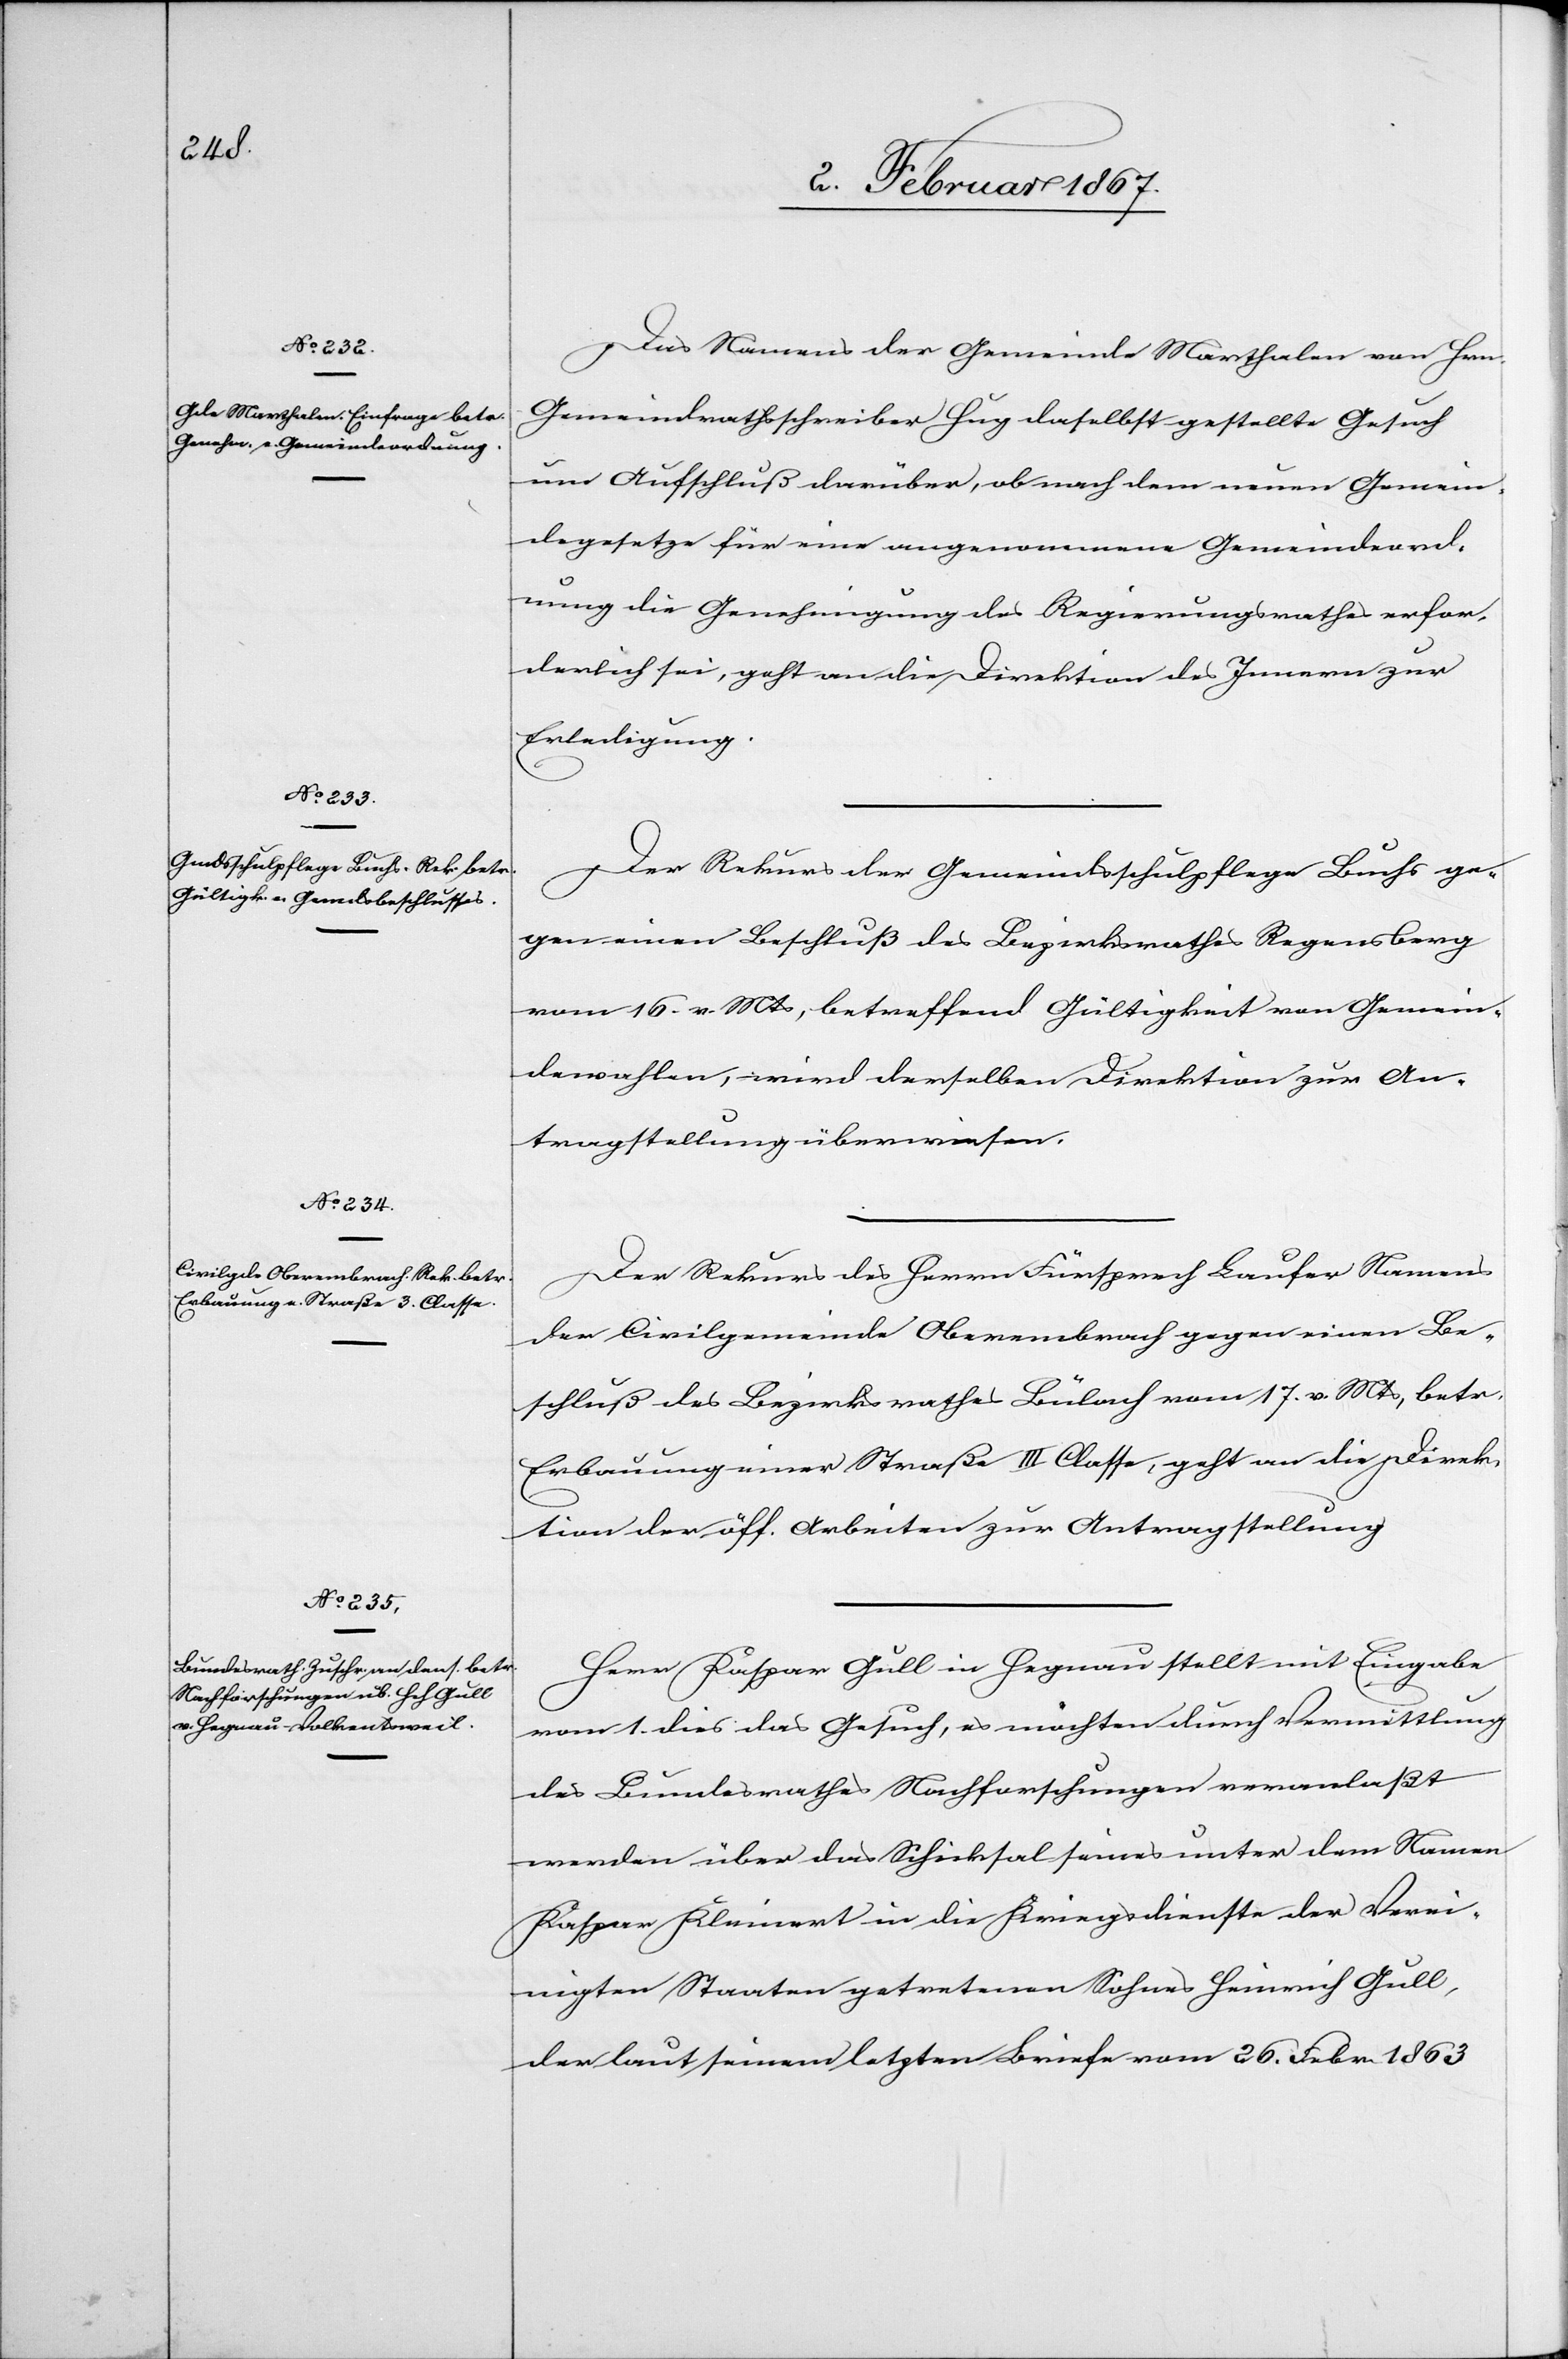
4. Februar 1867.]
Das Namens der Gemeinde Marthalen von Hrn.
Gemeindrathsschreiber Hug daselbst gestellte Gesuch
um Aufschluß darüber, ob nach dem neuen Gemein¬
degesetze für eine angenommene Gemeindeord¬
nung die Genehmigung des Regierungsrathes erfor¬
derlich sei, geht an die Direktion des Innern zur
Erledigung.
Der Rekurs der Gemeindsschulpflege Buchs ge¬
gen einen Beschluß des Bezirksrathes Regensberg
vom 16. v. Mts, betreffend Gültigkeit von Gemein¬
dewahlen, wird derselben Direktion zur An¬
tragstellung überwiesen.
Der Rekurs des Herrn Fürsprech Laufer Namens
der Civilgemeinde Oberembrach gegen einen Be¬
schluß des Bezirksrathes Bülach vom 17. v. Mts, betr.
Erbauung einer Straße III. Classe geht an die Direk¬
tion der öff. Arbeiten zur Antragstellung.
Herr Kaspar Gull in Hegnau stellt mit Eingabe
vom 1. dies das Gesuch, es möchten durch Vermittlung
des Bundesrathes Nachforschungen veranlaßt
werden über das Schicksal seines unter dem Namen
Kaspar Kleinert in die Kriegsdienste der Verei¬
nigten Staaten getretenen Sohnes Heinrich Gull,
der laut seinem letzten Briefe vom 26. Febr 1863